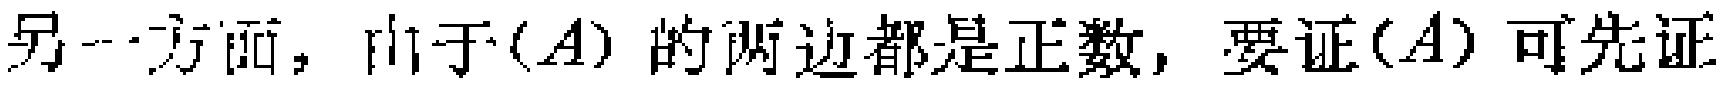
另一方面，由于$(A)$ 的两边都是正数，要证$(A)$ 可先证